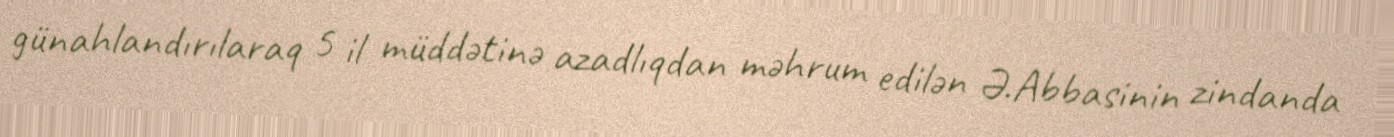
günahlandırılaraq 5 il müddətinə azadlıqdan məhrum edilən Ə.Abbasinin zindanda